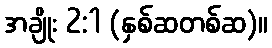
အချိုး 2:1 (နှစ်ဆတစ်ဆ)။